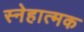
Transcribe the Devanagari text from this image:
स्नेहात्मक